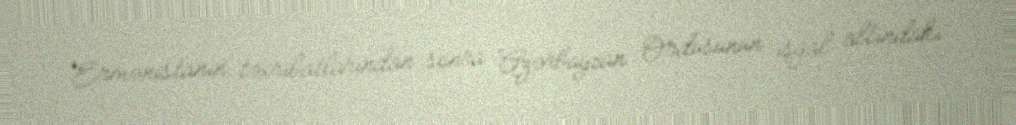
Ermənistanın təxribatlarından sonra Azərbaycan Ordusunun işğal altındakı